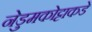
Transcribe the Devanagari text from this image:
नेडुमकोट्टाकडे